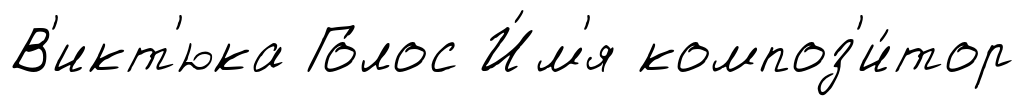
В'икт'юка Го́лос И́м'я композ'и́тор